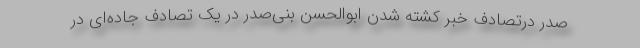
صدر درتصادف خبر کشته شدن ابوالحسن بنی‌صدر در یک تصادف جاده‌ای در